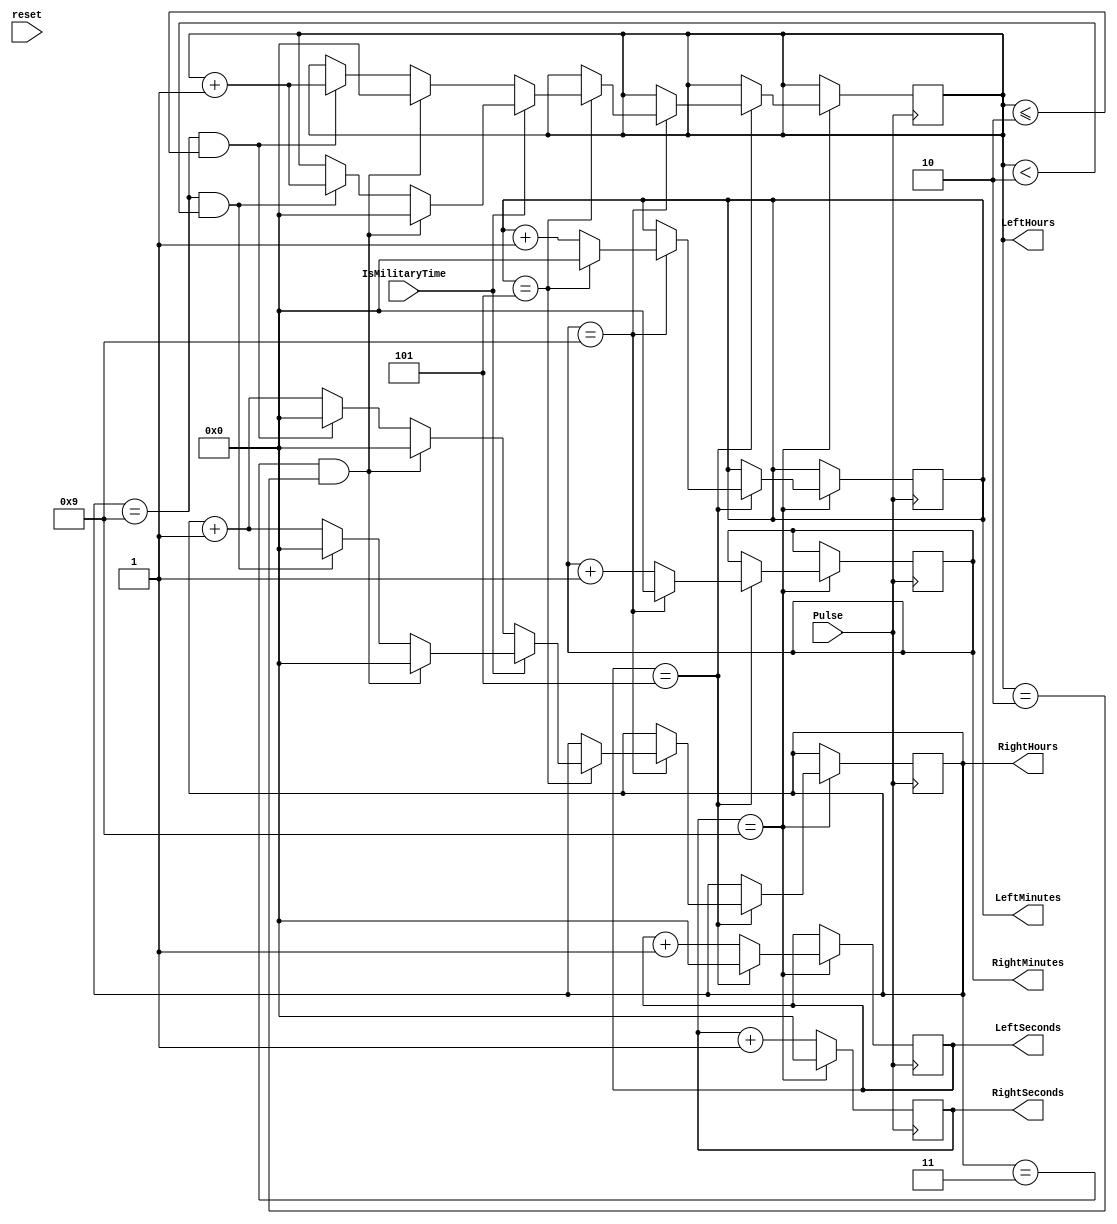
`timescale 1ns / 1ps
//////////////////////////////////////////////////////////////////////////////////
// 
// 
//////////////////////////////////////////////////////////////////////////////////

// TODO put ismilitarytime flag 

// This is the back logic that increments the time for seconds
module ClockLogic
/*** PARAMETERS ***/
#(parameter
    // WL
    CLOCKSPEED      = 100000000
)
/*** IN/OUT ***/
(
    // IN
    input           reset,
                    Pulse, // Whatever is being passed, i.e. seconds, clock, debounce
                    // MODE_Setup,
                    // DebouncePulse,
                    IsMilitaryTime, // There is something wrong with this flag.  It is not being passed correctly 
            
    // OUT
    // This time I want to output only one register
    // There are 4 segments, each 4 bits long
    // So the register should be 16 bits long
    output [7 : 0]  LeftSeconds,
                    RightSeconds,
                    LeftMinutes,
                    RightMinutes,
                    LeftHours,
                    RightHours
);
    
    reg         IsPM;
    reg [3 : 0] secondR_segment_threshold,
                secondL_segment_threshold,
                minuteR_segment_threshold,
                minuteL_segment_threshold,
                hourR_segment_threshold,
                hourL_segment_threshold;
    reg [7 : 0] secL,
                secR,
                minL,
                minR,
                hourL,
                hourR;
                
    // Initialize variables for the time
    initial begin
        IsPM                        = 0;
        secondR_segment_threshold   = 9;
        secondL_segment_threshold   = 5;
        minuteR_segment_threshold   = 9;
        minuteL_segment_threshold   = 5;
        secL                        = 0;
        secR                        = 0;
        minL                        = 0;
        minR                        = 0;
        
        // Start time for Military time is 00:00
        // For non military is 12:00 AM
        hourL                   = 0;
        hourR                   = 0;
        hourL_segment_threshold = 2;
        hourR_segment_threshold = 3;
        // hourL                   = IsMilitaryTime ? 1 : 1;
        // hourR                   = IsMilitaryTime ? 1 : 2;
        // hourL_segment_threshold = IsMilitaryTime ? 2 : 1;
        // hourR_segment_threshold = IsMilitaryTime ? 3 : 1;
    end 
    
    // The pulse increments the time
    // I think I can utilize this pulse with a pwm to increase the time asynchronous to the seconds pulse
    always @(posedge Pulse)
    begin
        // // If we are in setup mode, then we are not incrememnting the seconds
        // // i.e. time is paused
        // Seconds
        if(secR == (secondR_segment_threshold))
        begin 
            secR <= 0;
            if(secL == (secondL_segment_threshold))
            begin
                secL <= 0;
                // Minutes
                if(minR == (minuteR_segment_threshold))
                begin
                    minR <= 0;
                    if(minL == (minuteL_segment_threshold))
                    begin
                        minL <= 0;

                        // Hours
                        if(IsMilitaryTime)
                        begin
                            if((hourR == hourR_segment_threshold) && (hourL == hourL_segment_threshold))
                            begin
                                hourR <= 0;
                                hourL <= 0;
                            end
                            else if ((hourR == 9) && (hourL < hourL_segment_threshold))
                            begin
                                hourR <= 0;
                                hourL <= hourL + 1;
                            end
                            else
                            begin
                                hourR <= hourR + 1;
                            end
                        end
                        // Else it is AmPm
                        else 
                        begin
                            if((hourR == hourR_segment_threshold) && (hourL == hourL_segment_threshold))
                            begin
                                hourR <= 0;
                                hourL <= 0;
                            end
                            else if ((hourR == 9) && (hourL <= hourL_segment_threshold))
                            begin
                                hourR <= 0;
                                hourL <= hourL + 1;
                            end
                            else
                            begin
                                hourR <= hourR + 1;
                            end
                        end
                    end 
                    else minL <= minL + 1;
                end 
                else minR <= minR + 1;
            end 
            else secL <= secL + 1;
        end
        else secR <= secR + 1;
    end

    // Output the registers
    assign LeftSeconds     = secL;
    assign RightSeconds    = secR;
    assign LeftMinutes     = minL;
    assign RightMinutes    = minR;
    assign LeftHours       = hourL;
    assign RightHours      = hourR;
    
endmodule